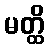
မတ္ထိ